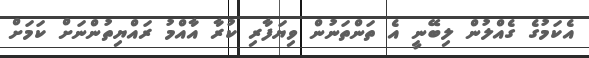
އެކަމުގެ ގެއްލުން ލިބޭނީ އެ ތަންތަނުން ވިޔަފާރި ކުރާ އާއްމު ރައްޔިތުންނަށް ކަމަށް